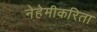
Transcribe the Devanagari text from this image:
नेहेमीकरिता